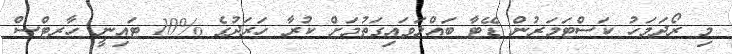
މި ރޯދަމަހު ކަސްޓަމަރުން ޑޭޓާ ބައްލަވައިގަތުމަށް ކުރާ ހަރަދުގެ %10 ޓައިނީ ހާރޓްސް